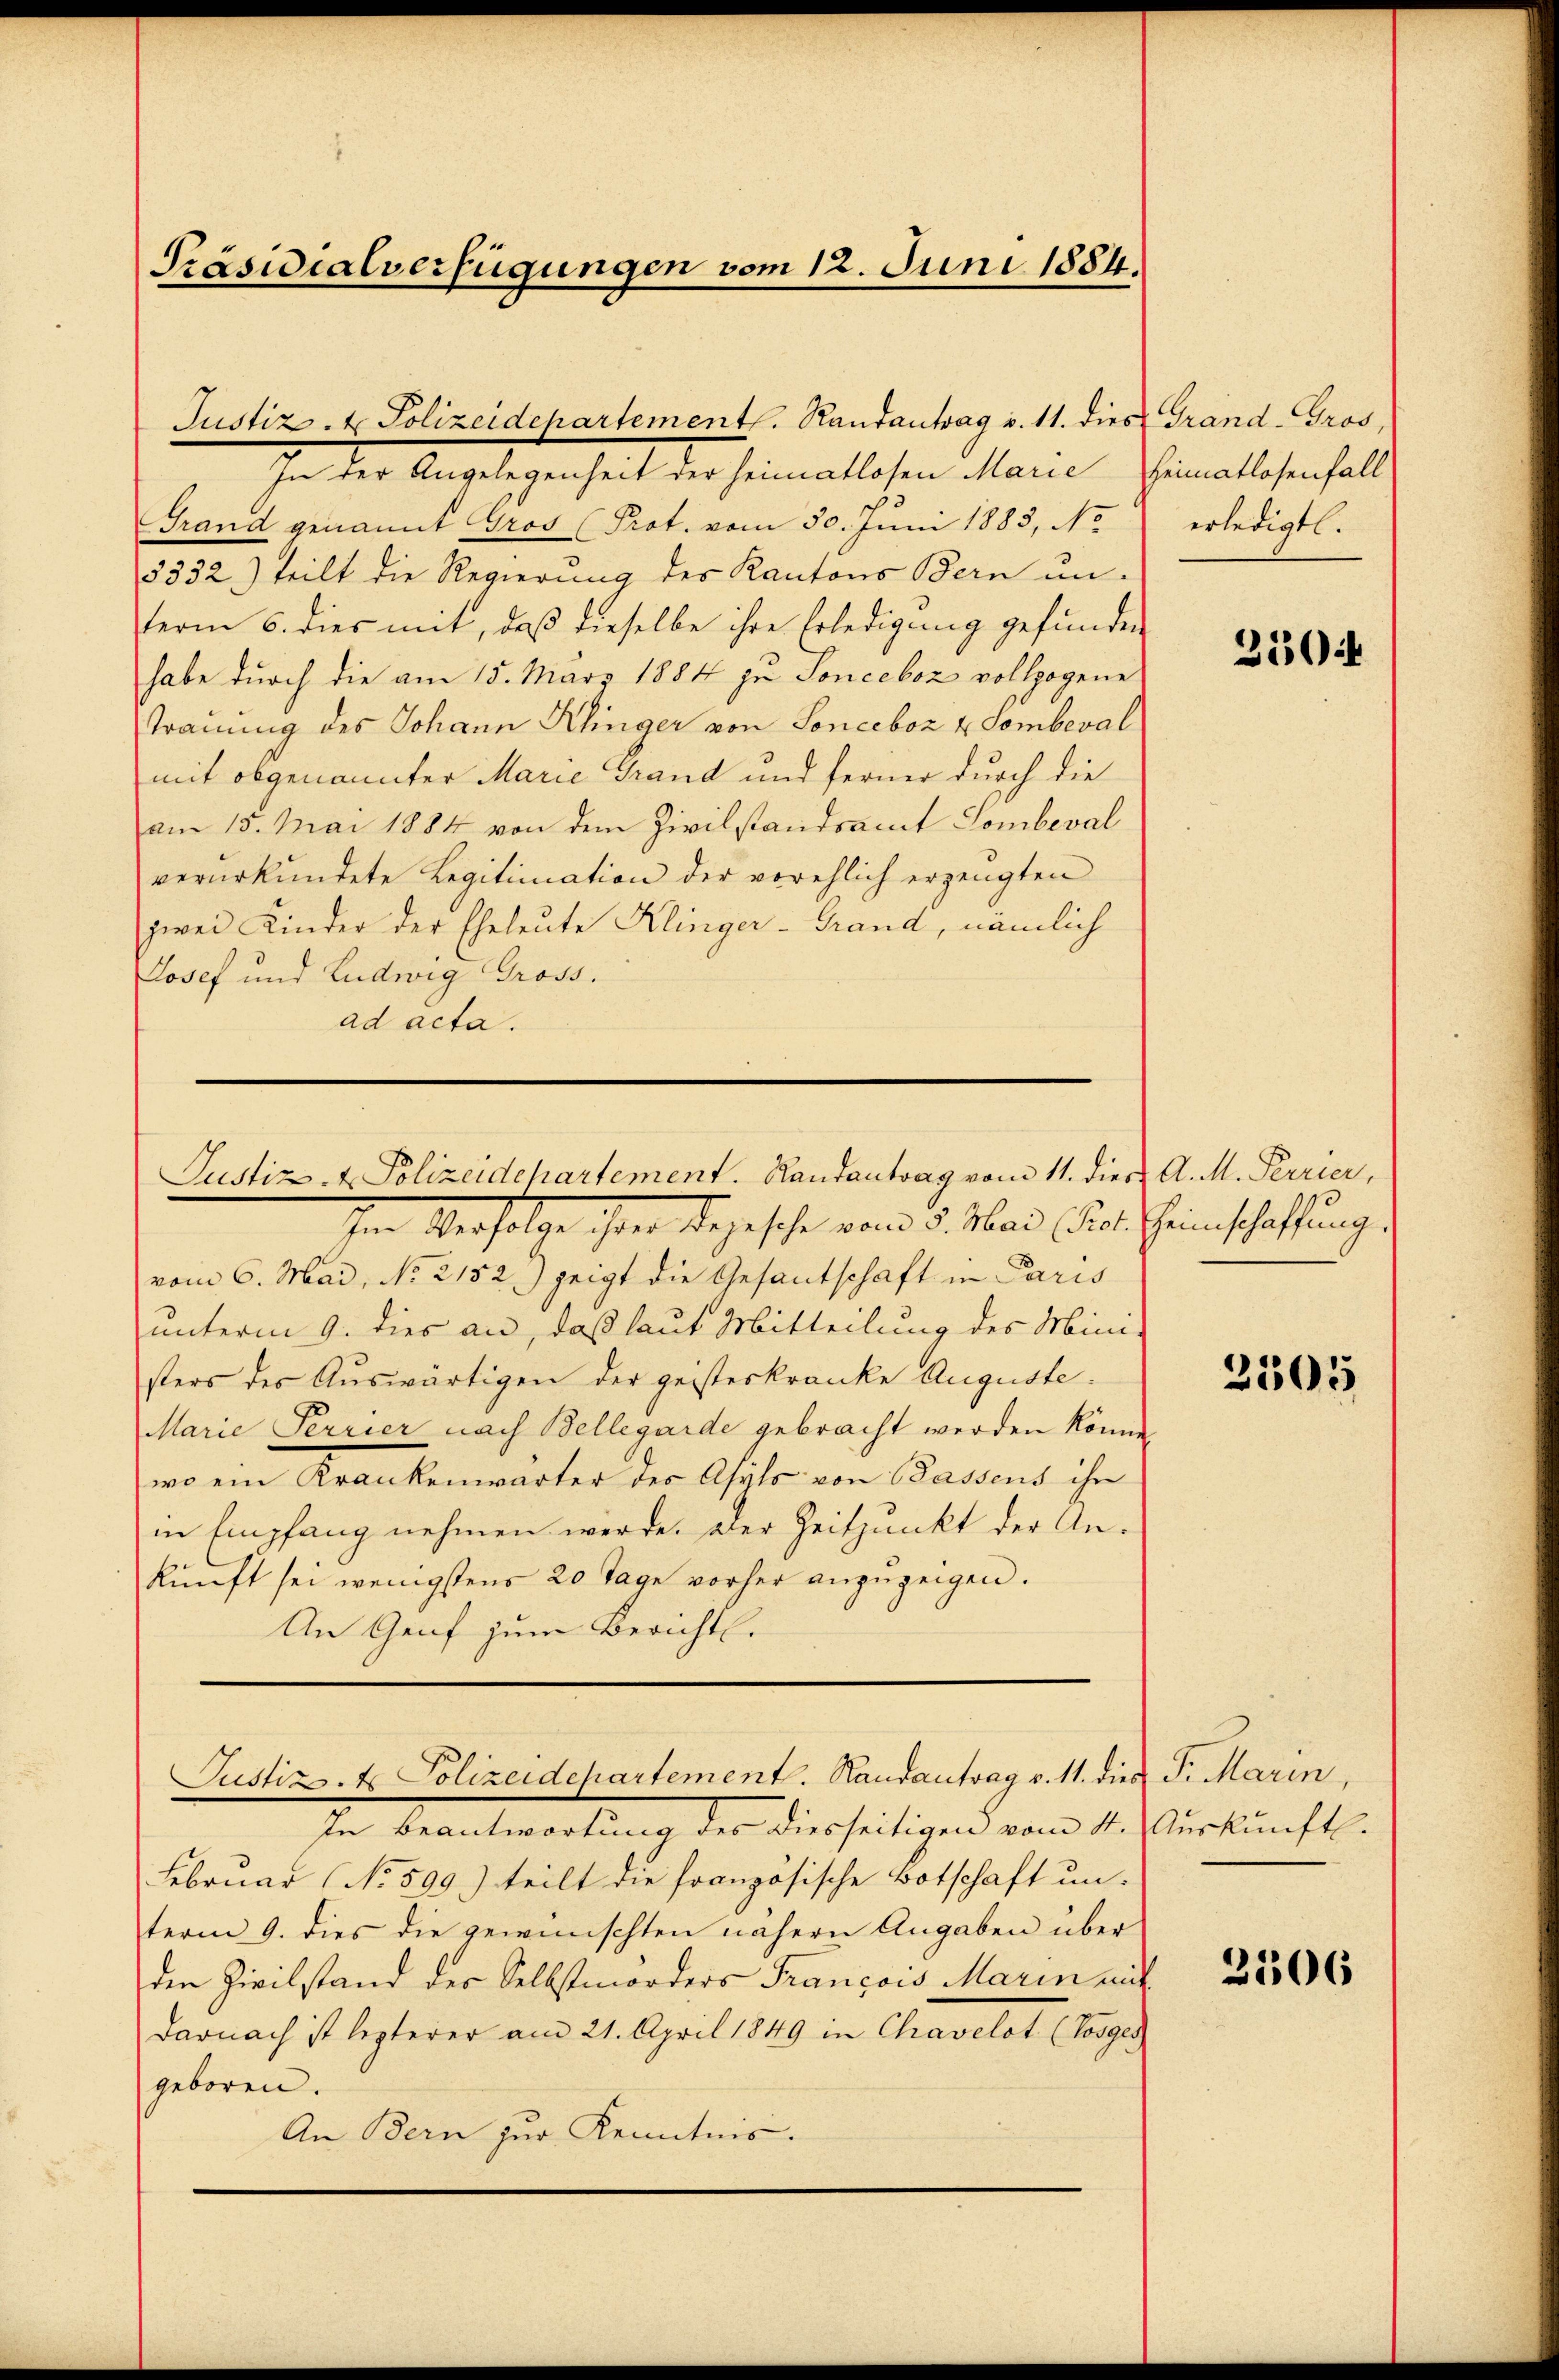
Präsidialverfügungen vom 12. Juni 1884.

Justiz- & Polizeidepartementl. Randantrag v. 11. dies Grand-Gros,
In der Angelegenheit der Heimatlosen Mann im allenfall
Grand genannt Gros (Prot. vom 30. Juni 1883, No
5332) teilt die Regierung des Kantons Bern un-
term 6. dies mit, daß dieselbe ihre Erledigung gefunden
habe durch die am 15. März 1884 zu Sonceboz vollzogene
Trauung des Johann Klinger von Sonceboz u Semberal
mit obgenannter Marie Grand und ferner durch die
am 15. Mai 1884 von dem Zivilstandsamt Sombeval
verurkundete Legitimation der vorehlich erzeugten
zwei Kinder der Eheleute Klinger-Grand, nämlich
Josef und Ludwig Gross.
ad acta.

Justiz- & Polizeidepartement. Randantrag vom 11. dies A. M. Perrier,

Justiz- & Polizeidchartement. Randantrag v. 11. dies Fr. Marin,

Im Verfolge ihrer Segesche von 25. Mai ist einschaffung
vom 6. Mai, No 2152) zeigt die Gesantschaft in Paris
unterm 9. dies an, daß laut Mitteilung des Mini-
sters des Auswärtigen der geisteskranke Auguste¬
Marie Terrier nach Bellegarde gebracht werden könne.
wo ein Krankenwärter des Asyls von Wassens ihn
in Empfang nehmen werde. Der Zeitpunkt der Ankunft sei wenigstens 20 Tage vorher anzuzeigen.
An Genf zum Bericht.

In Beantwortung des diesseitigen vom 4. Auskunft.
Februar (No. 599.) teilt die französische Botschaft un-
term 9. dies die gewünschten nähern Angaben über
den Zivilstand des Selbstmorders Francois Marin mit
Darnach ist lezterer am 21. April 1849 in Chavelot (Vosges
geboren.
An Bern zur Kenntnis.

erledigt.

350

2505

2506